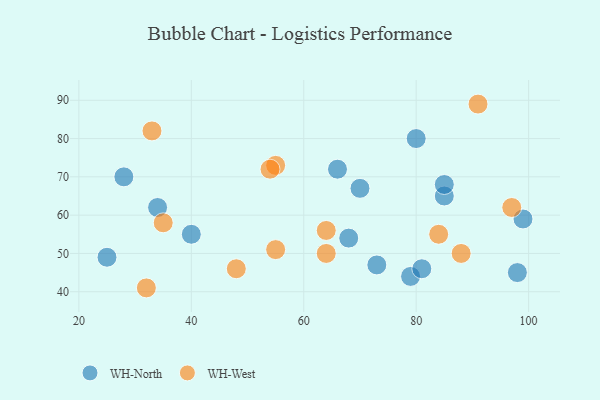
{"axis": {"x": "GDP", "y": "Life Expectancy"}, "legend": ["WH-North", "WH-West"], "data": [{"x": "79", "y": 44, "type": "WH-North"}, {"x": "28", "y": 70, "type": "WH-North"}, {"x": "80", "y": 80, "type": "WH-North"}, {"x": "85", "y": 65, "type": "WH-North"}, {"x": "81", "y": 46, "type": "WH-North"}, {"x": "73", "y": 47, "type": "WH-North"}, {"x": "85", "y": 68, "type": "WH-North"}, {"x": "40", "y": 55, "type": "WH-North"}, {"x": "25", "y": 49, "type": "WH-North"}, {"x": "34", "y": 62, "type": "WH-North"}, {"x": "66", "y": 72, "type": "WH-North"}, {"x": "68", "y": 54, "type": "WH-North"}, {"x": "70", "y": 67, "type": "WH-North"}, {"x": "98", "y": 45, "type": "WH-North"}, {"x": "99", "y": 59, "type": "WH-North"}, {"x": "33", "y": 82, "type": "WH-West"}, {"x": "84", "y": 55, "type": "WH-West"}, {"x": "64", "y": 50, "type": "WH-West"}, {"x": "64", "y": 56, "type": "WH-West"}, {"x": "55", "y": 51, "type": "WH-West"}, {"x": "32", "y": 41, "type": "WH-West"}, {"x": "48", "y": 46, "type": "WH-West"}, {"x": "55", "y": 73, "type": "WH-West"}, {"x": "54", "y": 72, "type": "WH-West"}, {"x": "35", "y": 58, "type": "WH-West"}, {"x": "97", "y": 62, "type": "WH-West"}, {"x": "91", "y": 89, "type": "WH-West"}, {"x": "88", "y": 50, "type": "WH-West"}]}